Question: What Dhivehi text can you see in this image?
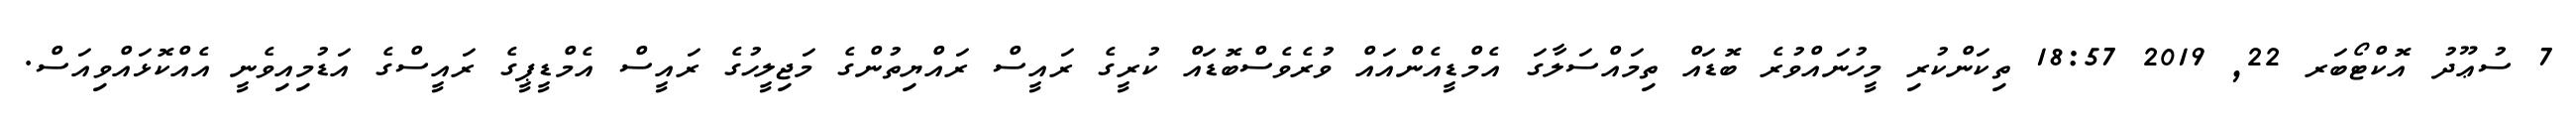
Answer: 7 ސުޢޫދު އޮކްޓޯބަރ 22, 2019 18:57 ތިކަންކުރި މީހުނައްވުރެ ބޮޑައް ތިމައްސަލާގަ އެމްޑީއެންއައް ވުރެވެސްބޮޑައް ކުރީގެ ރައީސް ރައްޔިތުންގެ މަޖިލީހުގެ ރައީސް އެމްޑީޕީގެ ރައީސްގެ އަޑުމިއިވެނީ އެއްކޮޅައްވިއަސް.